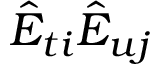
\hat { E } _ { t i } \hat { E } _ { u j }